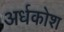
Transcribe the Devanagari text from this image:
अर्धकोश